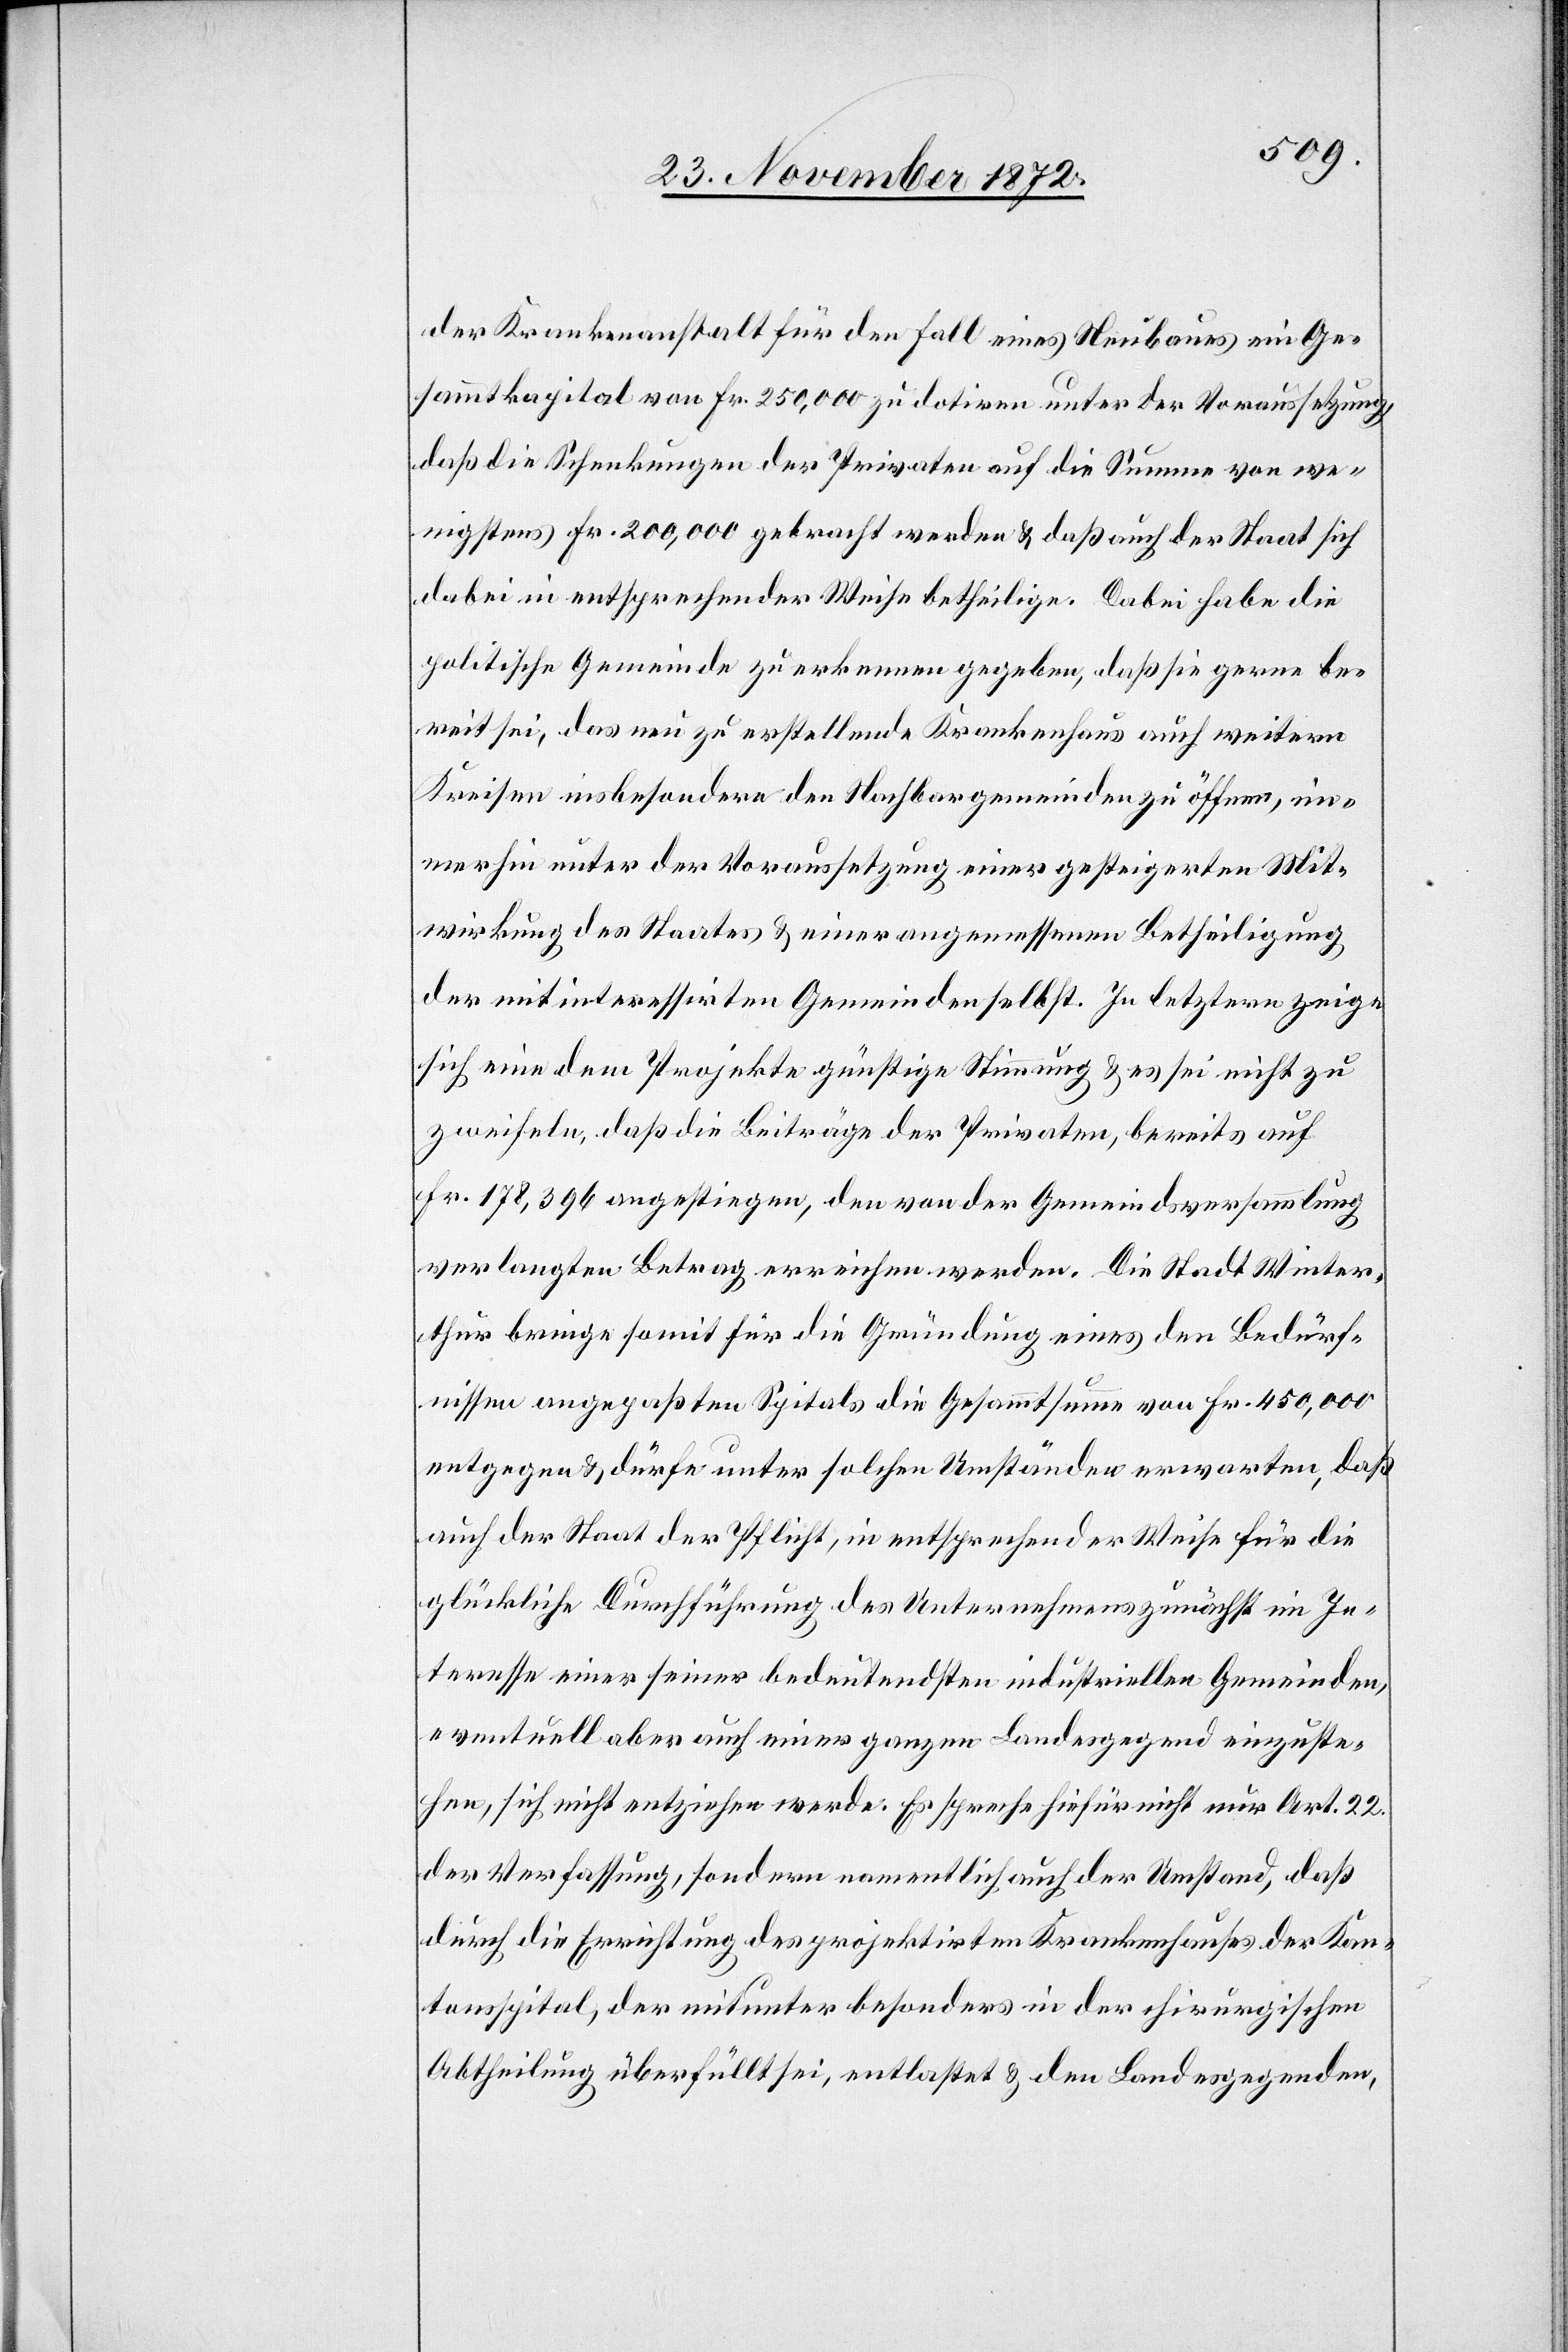
der Krankenanstalt für den Fall eines Neubaues ein Ge¬
sammtkapital von Fr. 250,000 zu dotiren unter der Voraussetzung,
daß die Schenkungen der Privaten auf die Summe von we¬
nigstens Fr. 200,000 gebracht werden & daß auch der Staat sich
dabei in entsprechender Weise betheilige. Dabei habe die
politische Gemeinde zu erkennen gegeben, daß sie gerne be¬
reit sei, das neu zu erstellende Krankenhaus auch weitern
Kreisen insbesondere den Nachbargemeinden zu öffnen, im¬
merhin unter der Voraussetzung einer gesteigerten Mit¬
wirkung des Staates & einer angemessenen Betheiligung
der mit interessirten Gemeinden selbst. In letztern zeige
sich eine dem Projekte günstige Stimmung & es sei nicht zu
zweifeln, daß die Beiträge der Privaten, bereits auf
Fr. 178,396 angestiegen, den von der Gemeindsversammlung
verlangten Betrag erreichen werden. Die Stadt Winter¬
thur bringe somit für die Gründung eines den Bedürf¬
nissen angepaßten Spitals die Gesammtsumme von Fr. 450,000
entgegen & dürfe unter solchen Umständen erwarten, daß
auch der Staat der Pflicht, in entsprechender Weise für die
glückliche Durchführung des Unternehmens zunächst im In¬
teresse einer seiner bedeutendsten industriellen Gemeinden,
eventuell aber auch einer ganzen Landesgegend einzuste¬
hen, sich nicht entziehen werde. Es spreche hiefür nicht nur Art. 22.
der Verfassung, sondern namentlich auch der Umstand, daß
durch die Errichtung des projektirten Krankenhauses der Kan¬
tonsspital, der mitunter besonders in der chirurgischen
Abtheilung überfüllt sei, entlastet & den Landesgegenden,